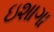
ઇશાગા